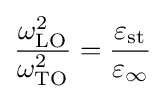
{\frac {\omega _{\text{LO}}^{2}}{\omega _{\text{TO}}^{2}}}={\frac {\varepsilon _{\text{st}}}{\varepsilon _{\infty }}}